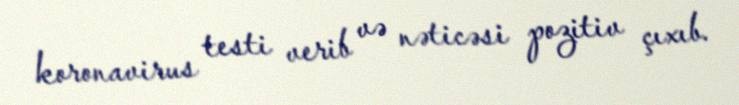
koronavirus testi verib və nəticəsi pozitiv çıxıb.